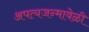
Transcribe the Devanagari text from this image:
अपत्यजन्मावेळी